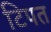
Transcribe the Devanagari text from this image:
टिपत